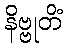
နိဗ္ဗုတိံ